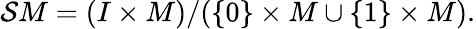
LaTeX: {\cal S}M=(I\times M)/(\{ 0\} \times M\cup\{ 1\} \times M).